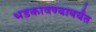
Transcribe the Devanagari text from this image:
भडकावण्यापर्यंत